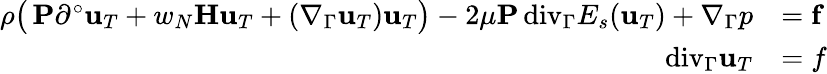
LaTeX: \begin{array}{rl}{\rho\big(\, \mathbf P\partial^{\circ}\mathbf u_{T}+w_{N}\mathbf H\mathbf u_{T}+(\nabla_{\Gamma}\mathbf u_{T})\mathbf u_{T}\big)-2\mu\mathbf P{\mathop{\, \mathrm{div}}}_{\Gamma}E_{s}(\mathbf u_{T})+\nabla_{\Gamma}p}&{=\mathbf f}\\ {{\mathop{\, \mathrm{div}}}_{\Gamma}\mathbf u_{T}}&{=f}\end{array}